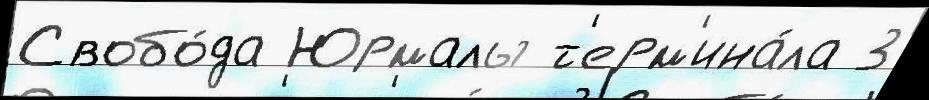
Свобо́да Юрмалы т'ерм'ина́ла 3